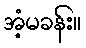
အံ့မခန်း။